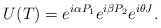
\begin{align*}U(T)=e^{i\alpha P_1}e^{i\beta P_2}e^{i\theta J}.\end{align*}